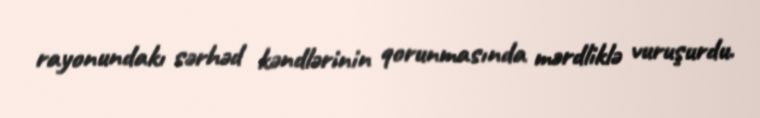
rayonundakı sərhəd kəndlərinin qorunmasında mərdliklə vuruşurdu.